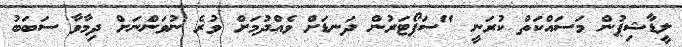
ލީޑާޝިޕުން މަސައްކަތް ކުރަނީ "ސަޕޯޓަރުން ދަނޑަށް ވެއްދުމަށް ވުރެ ނުވަންނަށް ދިމާވާ ސަބަބު